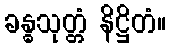
ခန္ဓသုတ္တံ နိဋ္ဌိတံ။